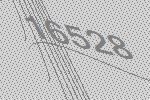
16528